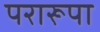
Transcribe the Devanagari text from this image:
परारूपा